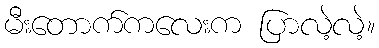
မီးတောက်ကလေးက ပြာလဲ့လဲ့။